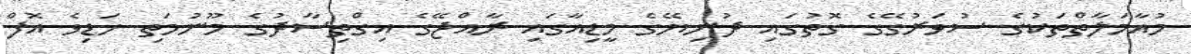
މުއާމަލާތްތަކުގެ ސުވަރުގޭގެ ގޮތުގައި ދުނިޔޭގެ މީޑިއާގައި ރާއްޖޭގެ އިގްތިސާދުގެ މޫނުމަތި ހަޑިވެ އޮފް